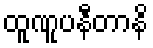
ထူဏူပနီတာနိ